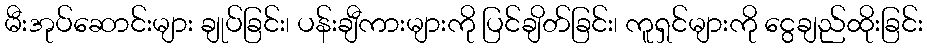
မီးအုပ်ဆောင်းများ ချုပ်ခြင်း၊ ပန်းချီကားများကို ပြင်ချိတ်ခြင်း၊ ကူရှင်များကို ငွေချည်ထိုးခြင်း